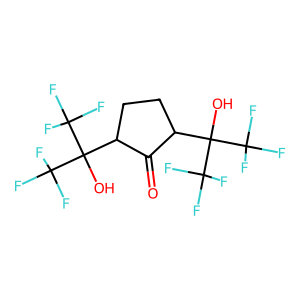
SMILES: O=C1C(C(O)(C(F)(F)F)C(F)(F)F)CCC1C(O)(C(F)(F)F)C(F)(F)F
Inhibits HIV replication: No